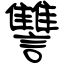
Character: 讐